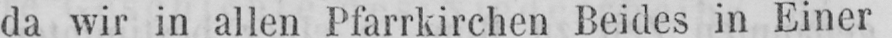
da wir in allen Pfarrkirchen Beides in Einer